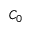
C _ { 0 }